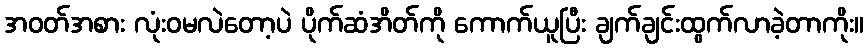
အဝတ်အစား လုံးဝမလဲတော့ပဲ ပိုက်ဆံအိတ်ကို ကောက်ယူပြီး ချက်ချင်းထွက်လာခဲ့တာကိုး။